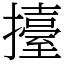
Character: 擡